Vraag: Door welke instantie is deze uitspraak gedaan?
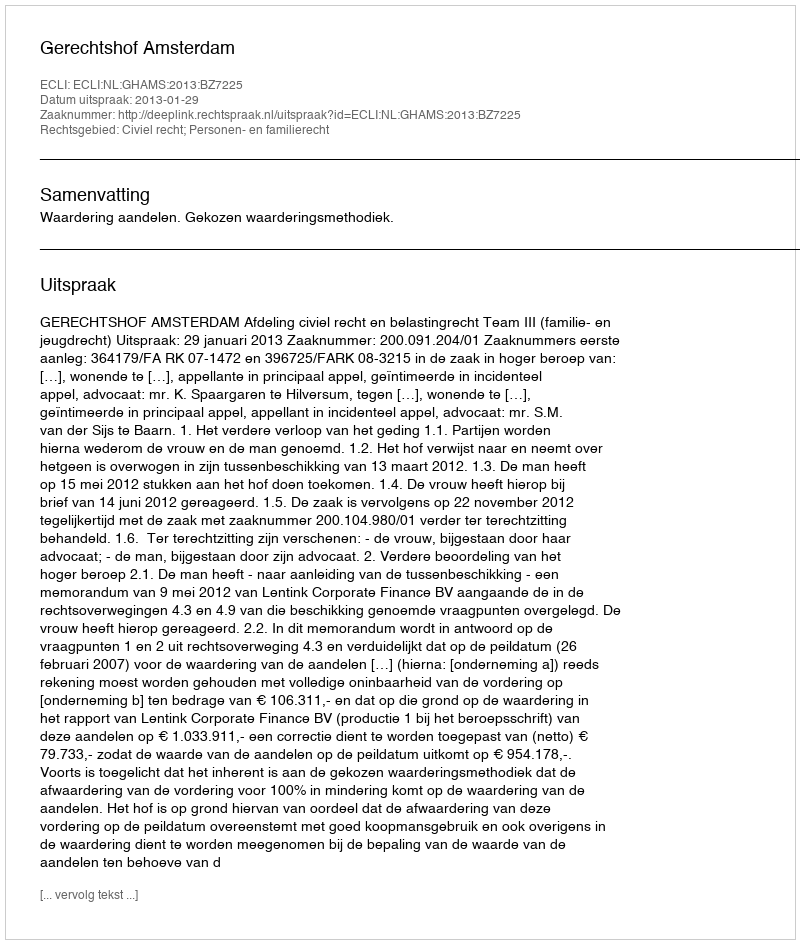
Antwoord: Gerechtshof Amsterdam